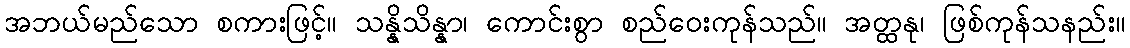
အဘယ်မည်သော စကားဖြင့်။ သန္နိသိန္နာ၊ ကောင်းစွာ စည်ဝေးကုန်သည်။ အတ္ထနု၊ ဖြစ်ကုန်သနည်း။